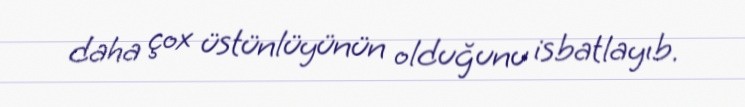
daha çox üstünlüyünün olduğunu isbatlayıb.